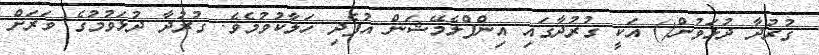
ގުރުދާ ދުޅަވުން() އަކީ ގުރުދާގައި އިންފްލެމޭޝަން އުފެދި ހަލާކުވުމެވެ. ގުރުދާ ދުޅަވުމުގެ ވަރަށް